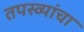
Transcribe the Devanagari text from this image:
तपस्व्यांचा